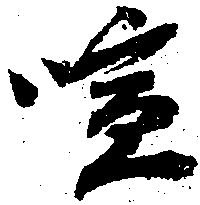
喧